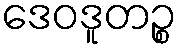
ဒေဝဒူတဉ္စ